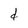
Character: d